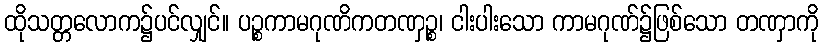
ထိုသတ္တလောက၌ပင်လျှင်။ ပဉ္စကာမဂုဏိကတဏှဉ္စ၊ ငါးပါးသော ကာမဂုဏ်၌ဖြစ်သော တဏှာကို